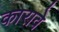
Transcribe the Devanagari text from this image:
कारावे